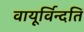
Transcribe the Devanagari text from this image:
वायूर्विन्दति